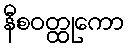
နီစဝတ္ထုကော